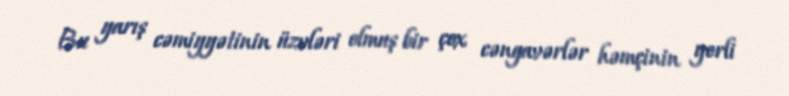
Bu yarış cəmiyyətinin üzvləri olmuş bir çox cəngavərlər həmçinin yerli